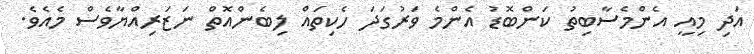
އަދި މިއީ އެންމެސާބިތު ކަންބޮޑު އެންމެ ވަރުގަދަ ހެކިތައް ލިބެންއޮތް ނަޒަރިއްޔާވެސް މެއެވެ.